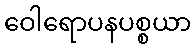
ဝေါရောပနပစ္စယာ